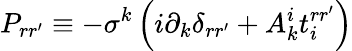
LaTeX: P_{rr^{\prime}}\equiv-\sigma^{k}\left(i\partial_{k}\delta_{rr^{\prime}}+A_{k}^{i}t_{i}^{rr^{\prime}}\right)